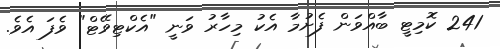
241 ކޮމިޓީ ބާއްވަން ފެށުމާ އެކު މިހާރު ވަނީ "އެކްޓިވޭޓް" ވެފަ އެވެ.